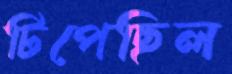
টিপেছিল